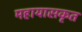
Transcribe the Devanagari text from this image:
महायासकृत